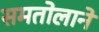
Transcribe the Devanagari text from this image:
समतोलाने